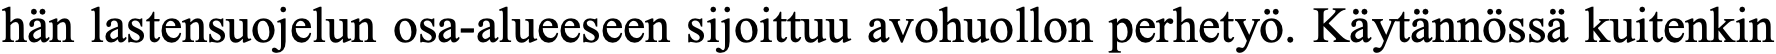
hän lastensuojelun osa-alueeseen sijoittuu avohuollon perhetyö. Käytännössä kuitenkin